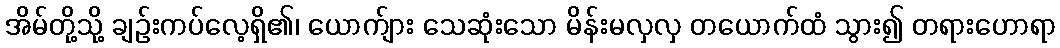
အိမ်တို့သို့ ချဉ်းကပ်လေ့ရှိ၏၊ ယောက်ျား သေဆုံးသော မိန်းမလှလှ တယောက်ထံ သွား၍ တရားဟောရာ